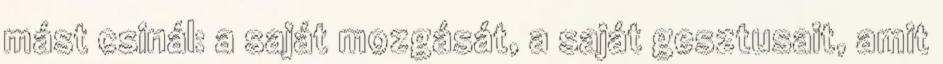
mást csinál: a saját mozgását, a saját gesztusait, amit